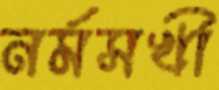
নর্মসখী